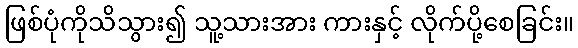
ဖြစ်ပုံကိုသိသွား၍ သူ့သားအား ကားနှင့် လိုက်ပို့စေခြင်း။